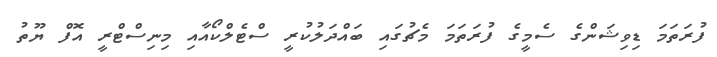
ފުރަތަމަ ޑިވިޝަންގެ ސެމީގެ ފުރަތަމަ މެޗުގައި ބައްދަލުކުރީ ސްޓެލްކޯއާއި މިނިސްޓްރީ އޮފް ޔޫތު